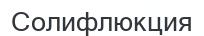
Солифлюкция